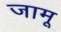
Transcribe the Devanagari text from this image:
जामू